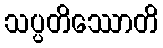
သပ္ပတိဿောတိ